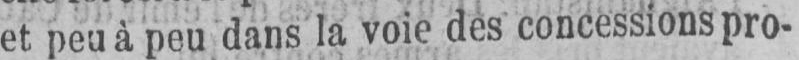
et peu à peu dans la voie des concessions pro-